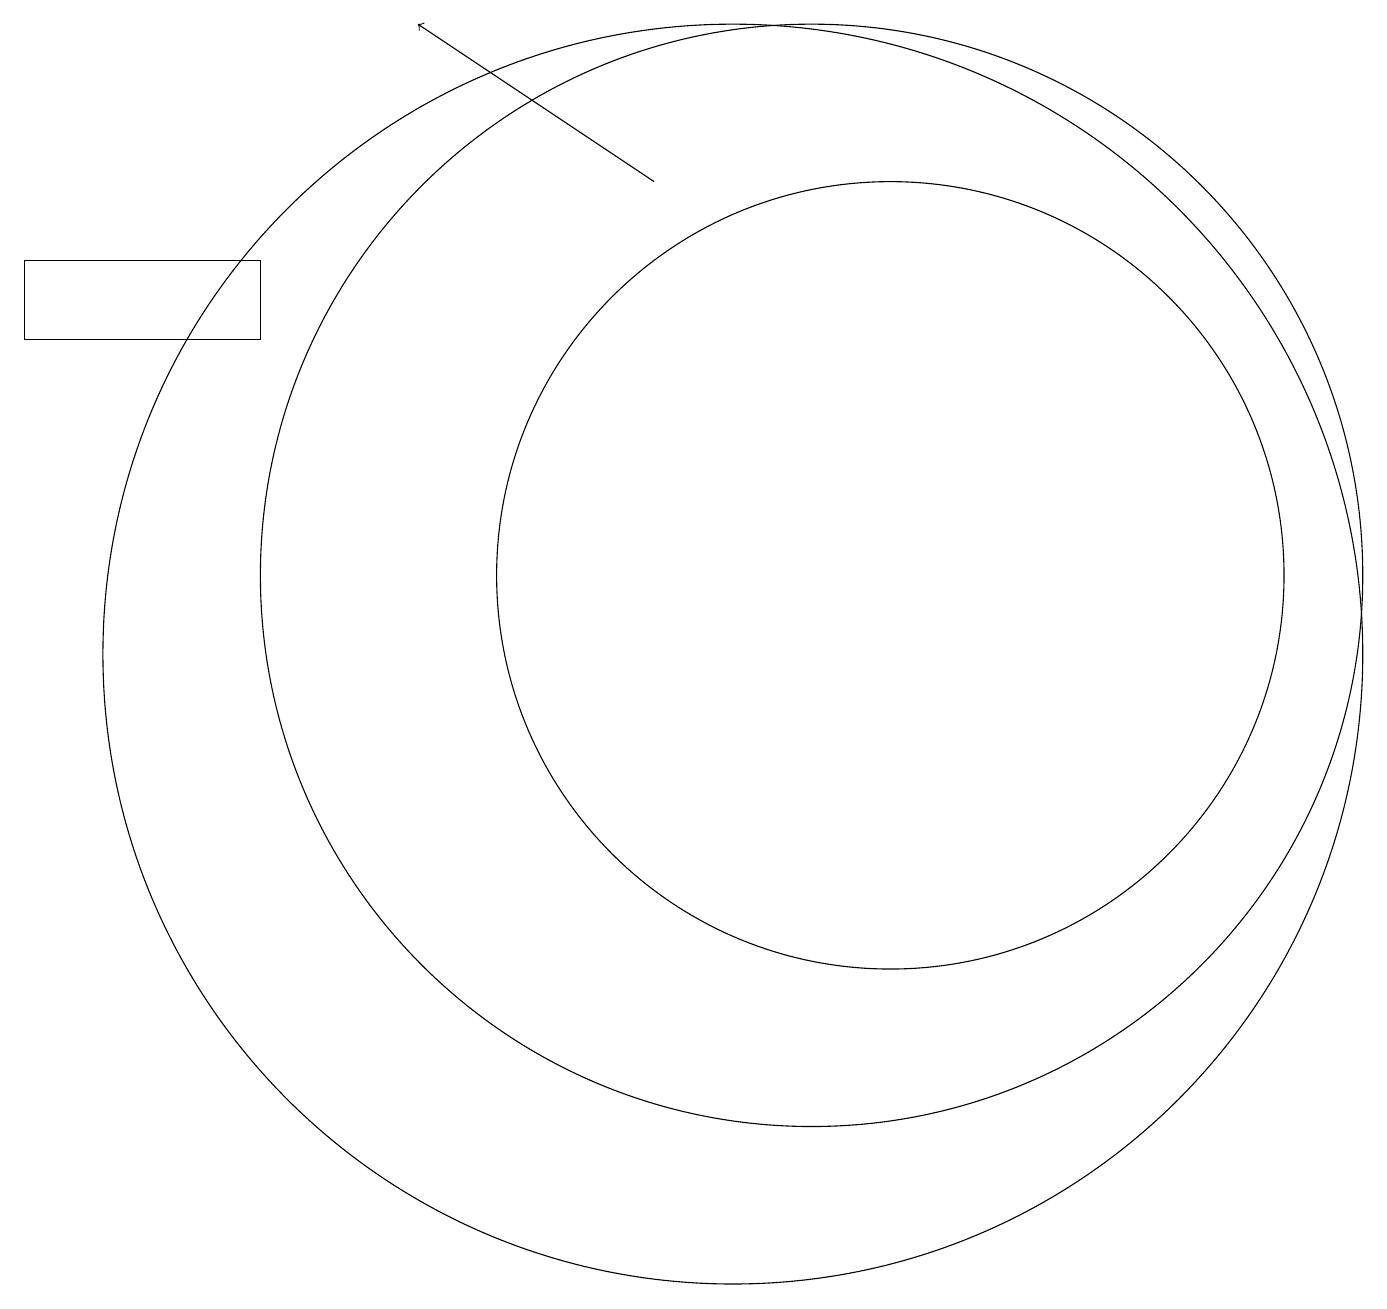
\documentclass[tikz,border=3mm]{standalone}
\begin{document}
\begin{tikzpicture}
\draw[->] (9,17) -- (6,19);
\draw (10,11) circle (8);
\draw (4,16) rectangle (1,15);
\draw (12,12) circle (5);
\draw (11,12) circle (7);
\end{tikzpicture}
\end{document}